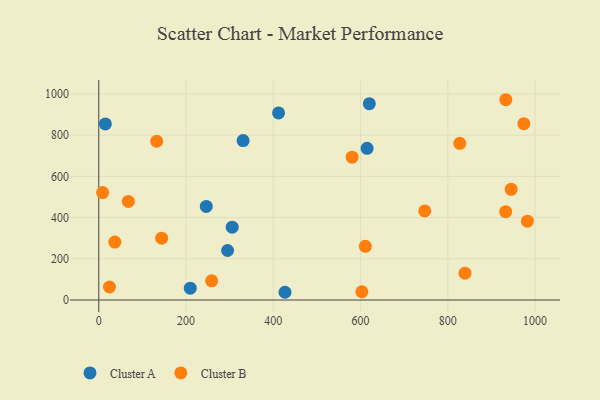
{"axis": {"x": "Experience", "y": "Demand"}, "legend": ["Cluster A", "Cluster B"], "data": [{"x": "15.1", "y": 854.6, "type": "Cluster A"}, {"x": "305.8", "y": 353.5, "type": "Cluster A"}, {"x": "295.2", "y": 240.2, "type": "Cluster A"}, {"x": "209.7", "y": 57.4, "type": "Cluster A"}, {"x": "246.4", "y": 454.3, "type": "Cluster A"}, {"x": "412.1", "y": 907.8, "type": "Cluster A"}, {"x": "330.8", "y": 773.5, "type": "Cluster A"}, {"x": "426.8", "y": 37.5, "type": "Cluster A"}, {"x": "615.0", "y": 736.0, "type": "Cluster A"}, {"x": "620.1", "y": 952.5, "type": "Cluster A"}, {"x": "932.6", "y": 428.6, "type": "Cluster B"}, {"x": "67.7", "y": 478.4, "type": "Cluster B"}, {"x": "8.8", "y": 521.1, "type": "Cluster B"}, {"x": "580.6", "y": 693.2, "type": "Cluster B"}, {"x": "827.4", "y": 760.2, "type": "Cluster B"}, {"x": "24.5", "y": 63.2, "type": "Cluster B"}, {"x": "747.2", "y": 432.3, "type": "Cluster B"}, {"x": "144.1", "y": 300.1, "type": "Cluster B"}, {"x": "974.3", "y": 855.9, "type": "Cluster B"}, {"x": "258.7", "y": 93.2, "type": "Cluster B"}, {"x": "36.8", "y": 281.0, "type": "Cluster B"}, {"x": "945.3", "y": 537.2, "type": "Cluster B"}, {"x": "982.4", "y": 382.3, "type": "Cluster B"}, {"x": "933.0", "y": 971.9, "type": "Cluster B"}, {"x": "132.8", "y": 770.3, "type": "Cluster B"}, {"x": "603.0", "y": 40.1, "type": "Cluster B"}, {"x": "839.4", "y": 130.3, "type": "Cluster B"}, {"x": "610.9", "y": 260.5, "type": "Cluster B"}]}